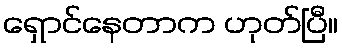
ရှောင်နေတာက ဟုတ်ပြီ။